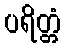
ပရိတ္တံ